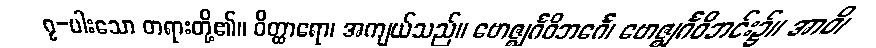
၇-ပါးသော တရားတို့၏။ ဝိတ္ထာရော၊ အကျယ်သည်။ ဗောဇ္ဈင်္ဂဝိဘင်္ဂေ၊ ဗောဇ္ဈင်္ဂဝိဘင်း၌။ အာဝိ၊